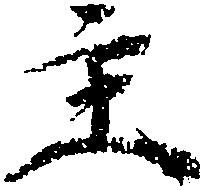
主